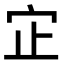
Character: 𫲺